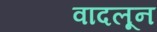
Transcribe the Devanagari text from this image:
वादलून